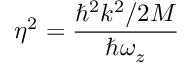
\eta ^ { 2 } = \frac { \hbar ^ { 2 } k ^ { 2 } / 2 M } { \hbar \omega _ { z } }